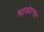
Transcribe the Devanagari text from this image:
षठ्खंडागम